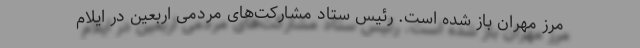
مرز مهران باز شده است. رئیس ستاد مشارکت‌های مردمی اربعین در ایلام